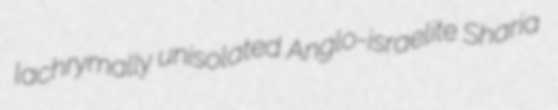
lachrymally unisolated Anglo-israelite Sharia